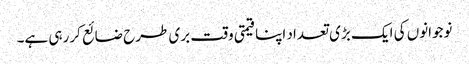
نوجوانوں کی ایک بڑی تعداد اپنا قیمتی وقت بری طرح ضائع کررہی ہے۔